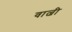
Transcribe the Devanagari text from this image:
वाल्नी